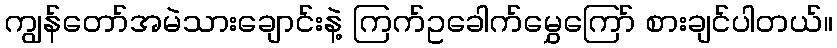
ကျွန်တော်အမဲသားချောင်းနဲ့ ကြက်ဥခေါက်မွှေကြော် စားချင်ပါတယ်။